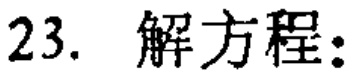
23. 解方程: